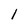
Character: l